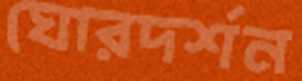
ঘোরদর্শন